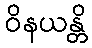
ဝိနယန္တိ